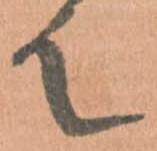
て